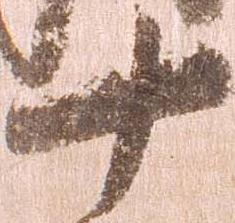
十